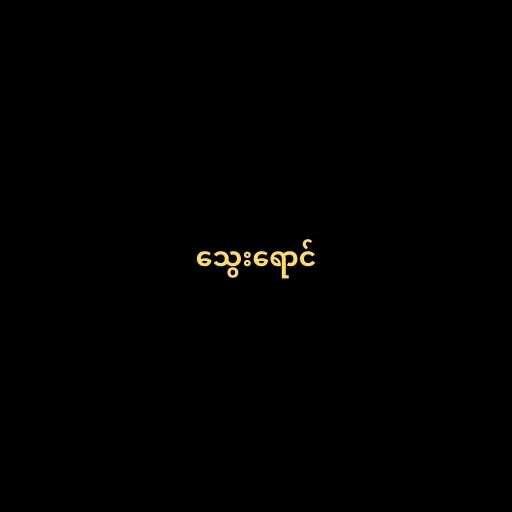
သွေးရောင်